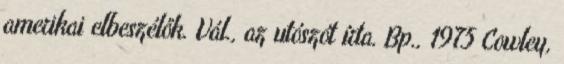
amerikai elbeszélők. Vál., az utószót írta. Bp., 1975 Cowley,